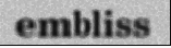
embliss